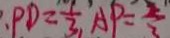
\because P D = \frac { 1 } { 3 } , A P = \frac { 2 } { 3 }